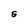
Character: S